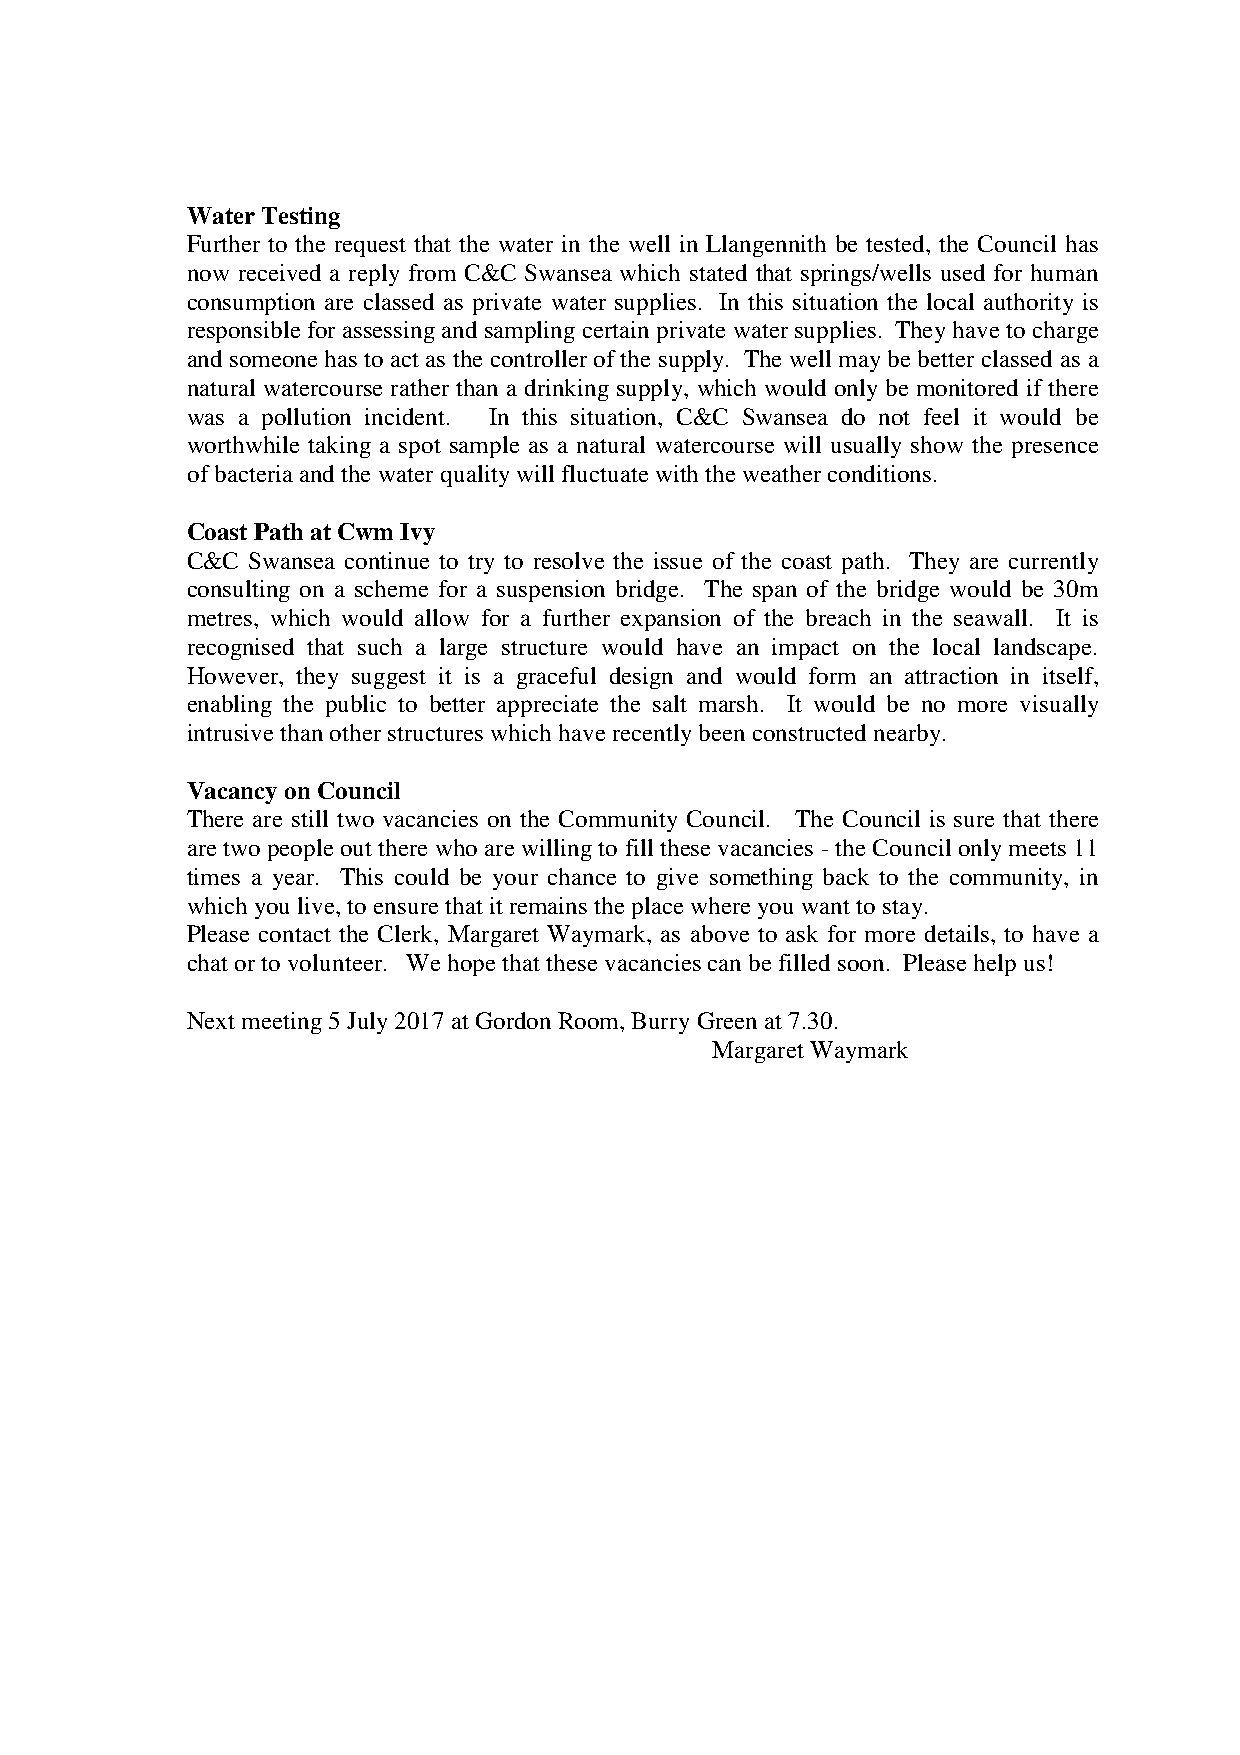
Water Testing
 Further to the request that the water in the well in Llangennith be tested, the Council has
 now received a reply from C&C Swansea which stated that springs/wells used for human
 consumption are classed as private water supplies. In this situation the local authority is
 responsible for assessing and sampling certain private water supplies. They have to charge
 and someone has to act as the controller of the supply. The well may be better classed as a
 natural watercourse rather than a drinking supply, which would only be monitored if there
 was a pollution incident. In this situation, C&C Swansea do not feel it would be
 worthwhile taking a spot sample as a natural watercourse will usually show the presence
 of bacteria and the water quality will fluctuate with the weather conditions.
 Coast Path at Cwm Ivy
 C&C Swansea continue to try to resolve the issue of the coast path. They are currently
 consulting on a scheme for a suspension bridge. The span of the bridge would be 30m
 metres, which would allow for a further expansion of the breach in the seawall. It is
 recognised that such a large structure would have an impact on the local landscape.
 However, they suggest it is a graceful design and would form an attraction in itself,
 enabling the public to better appreciate the salt marsh. It would be no more visually
 intrusive than other structures which have recently been constructed nearby.
 Vacancy on Council
 There are still two vacancies on the Community Council. The Council is sure that there
 are two people out there who are willing to fill these vacancies - the Council only meets 11
 times a year. This could be your chance to give something back to the community, in
 which you live, to ensure that it remains the place where you want to stay.
 Please contact the Clerk, Margaret Waymark, as above to ask for more details, to have a
 chat or to volunteer. We hope that these vacancies can be filled soon. Please help us!
 Next meeting 5 July 2017 at Gordon Room, Burry Green at 7.30.
 Margaret Waymark